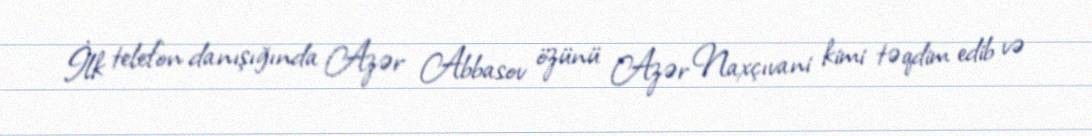
İlk telefon danışığında Azər Abbasov özünü Azər Naxçıvani kimi təqdim edib və